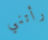
رأتني